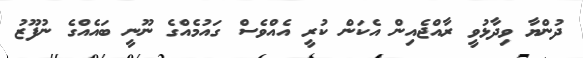
ދުންޔާ ވިދާޅުވީ ރާއްޖެއިން އެކަން ކުރީ އެއްވެސް ގައުމެއްގެ ނޫނީ ބައެއްގެ ނުފޫޒު